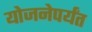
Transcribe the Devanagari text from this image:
योजनेपर्यंत